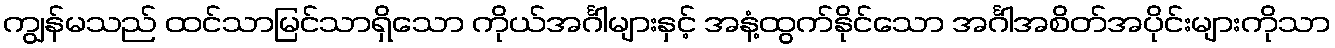
ကျွန်မသည် ထင်သာမြင်သာရှိသော ကိုယ်အင်္ဂါများနှင့် အနံ့ထွက်နိုင်သော အင်္ဂါအစိတ်အပိုင်းများကိုသာ